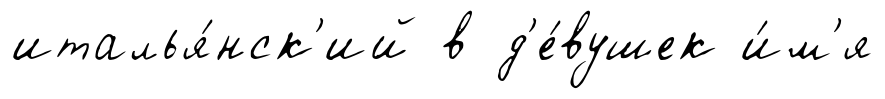
италья́нск'ий в д'е́вушек и́м'я